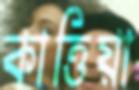
কাত্তিয়া